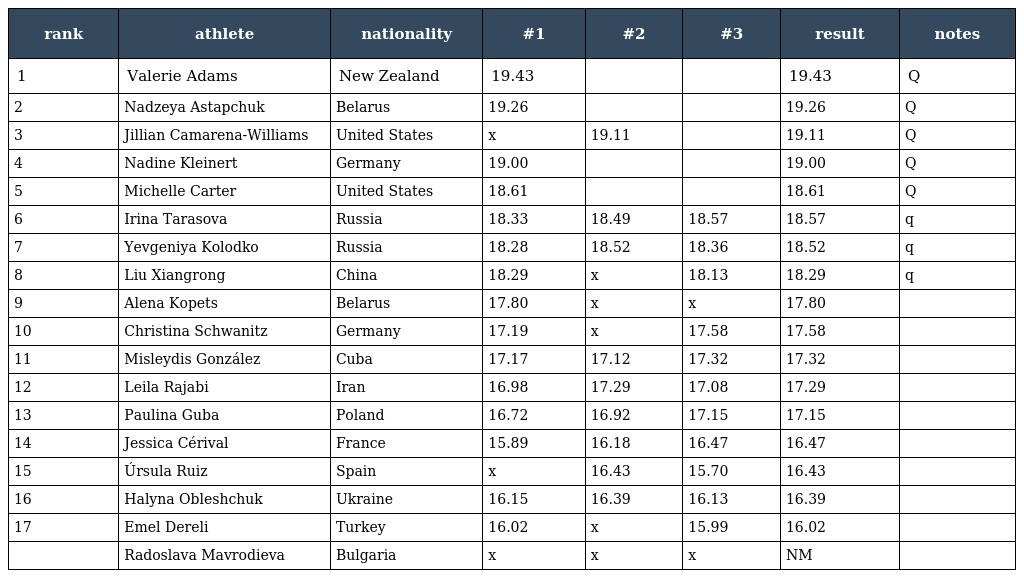
| rank | athlete | nationality | #1 | #2 | #3 | result | notes |
 | --- | --- | --- | --- | --- | --- | --- | --- |
 | 1 | Valerie Adams | New Zealand | 19.43 |  |  | 19.43 | Q |
 | 2 | Nadzeya Astapchuk | Belarus | 19.26 |  |  | 19.26 | Q |
 | 3 | Jillian Camarena-Williams | United States | x | 19.11 |  | 19.11 | Q |
 | 4 | Nadine Kleinert | Germany | 19.00 |  |  | 19.00 | Q |
 | 5 | Michelle Carter | United States | 18.61 |  |  | 18.61 | Q |
 | 6 | Irina Tarasova | Russia | 18.33 | 18.49 | 18.57 | 18.57 | q |
 | 7 | Yevgeniya Kolodko | Russia | 18.28 | 18.52 | 18.36 | 18.52 | q |
 | 8 | Liu Xiangrong | China | 18.29 | x | 18.13 | 18.29 | q |
 | 9 | Alena Kopets | Belarus | 17.80 | x | x | 17.80 |  |
 | 10 | Christina Schwanitz | Germany | 17.19 | x | 17.58 | 17.58 |  |
 | 11 | Misleydis González | Cuba | 17.17 | 17.12 | 17.32 | 17.32 |  |
 | 12 | Leila Rajabi | Iran | 16.98 | 17.29 | 17.08 | 17.29 |  |
 | 13 | Paulina Guba | Poland | 16.72 | 16.92 | 17.15 | 17.15 |  |
 | 14 | Jessica Cérival | France | 15.89 | 16.18 | 16.47 | 16.47 |  |
 | 15 | Úrsula Ruiz | Spain | x | 16.43 | 15.70 | 16.43 |  |
 | 16 | Halyna Obleshchuk | Ukraine | 16.15 | 16.39 | 16.13 | 16.39 |  |
 | 17 | Emel Dereli | Turkey | 16.02 | x | 15.99 | 16.02 |  |
 |  | Radoslava Mavrodieva | Bulgaria | x | x | x | NM |  |